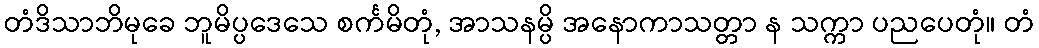
တံဒိသာဘိမုခေ ဘူမိပ္ပဒေသေ စင်္ကမိတုံ, အာသနမ္ပိ အနောကာသတ္တာ န သက္ကာ ပညပေတုံ။ တံ